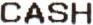
CASH